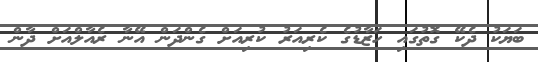
ބަޔަކު ދެކޭ ގޮތުގައި ހަޒާޑުގެ ކެރިއަރު ކުރިއަށް ގެންދަން އޭނާ ރެއާލްއަށް ދާން